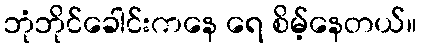
ဘုံဘိုင်ခေါင်းကနေ ရေ စိမ့်နေတယ်။